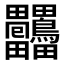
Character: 𤴒